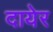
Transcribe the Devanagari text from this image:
दायेर